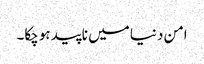
امن دنیا میں ناپید ہوچکا۔